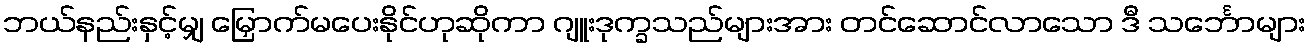
ဘယ်နည်းနှင့်မျှ မြှောက်မပေးနိုင်ဟုဆိုကာ ဂျူးဒုက္ခသည်များအား တင်ဆောင်လာသော ဒီ သင်္ဘောများ